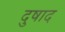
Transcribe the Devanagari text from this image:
दुषाद